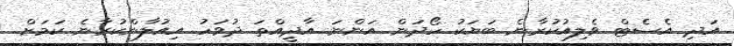
އަދި އެސެޓް ވެލިއުކުރާނެ ބަޔަކު ހޯދަން އަންނަ އާދީއްތަ ދުވަހު އިއުލާންކުރާނެ ކަމަށް